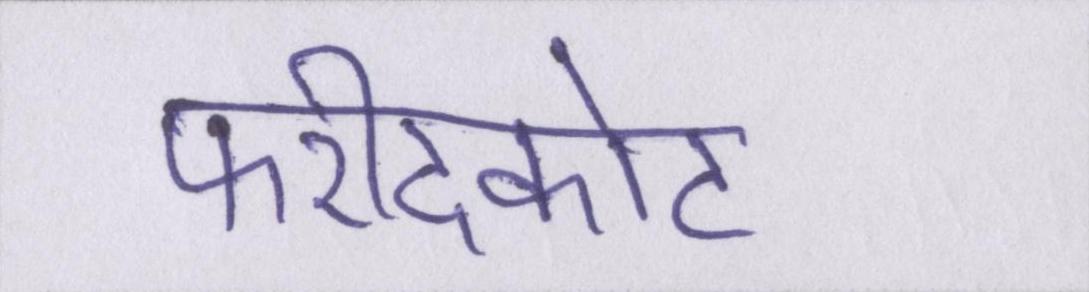
फरीदकोट